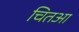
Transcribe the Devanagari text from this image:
चितआ